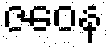
ဇဝေန